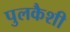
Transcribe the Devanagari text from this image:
पुलकैशी